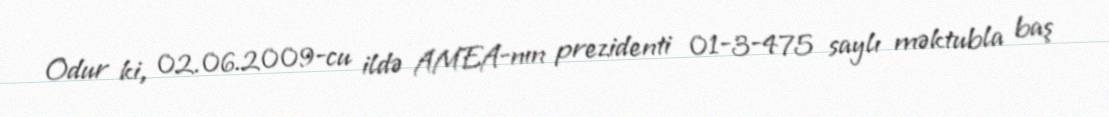
Odur ki, 02.06.2009-cu ildə AMEA-nın prezidenti 01-3-475 saylı məktubla baş